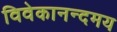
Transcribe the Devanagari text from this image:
विवेकानन्दमय